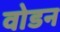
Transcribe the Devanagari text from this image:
वोडन